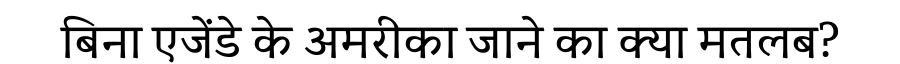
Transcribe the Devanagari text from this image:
बिना एजेंडे के अमरीका जाने का क्या मतलब?